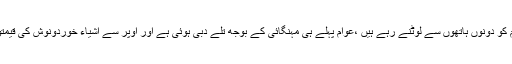
ناجائز منافع خور،گران فروش اور ذخیرہ اندوز عوام کو دونوں ہاتھوں سے لوٹنے رہے ہیں ،عوام پہلے ہی مہنگائی کے بوجھ تلے دبی ہوئی ہے اور اوپر سے اشیاء خوردونوش کی قیمتوں اضافے سے سحری اور افطار مشکل ہو گیا ہے۔